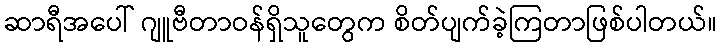
ဆာရီအပေါ် ဂျူဗီတာဝန်ရှိသူတွေက စိတ်ပျက်ခဲ့ကြတာဖြစ်ပါတယ်။